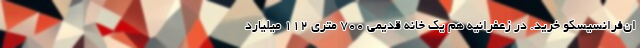
ان‌فرانسیسکو خرید. در زعفرانیه هم یک خانه قدیمی 700 متری 112 میلیارد